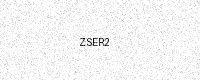
Text: ZSER2